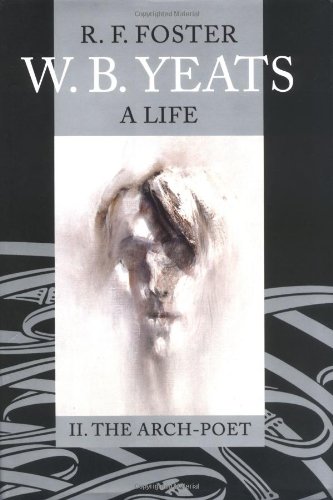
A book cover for W. B. Yeats: A Life, Volume II: The Arch-Poet 1915-1939; R. F. Foster; Biographies & Memoirs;